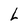
Character: L